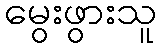
မွေးဖွားသူ